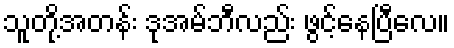
သူတို့အတန်း ဒုအမ်ဘီလည်း ဖွင့်နေပြီလေ။